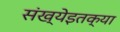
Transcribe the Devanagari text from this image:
संख्येइतक्या